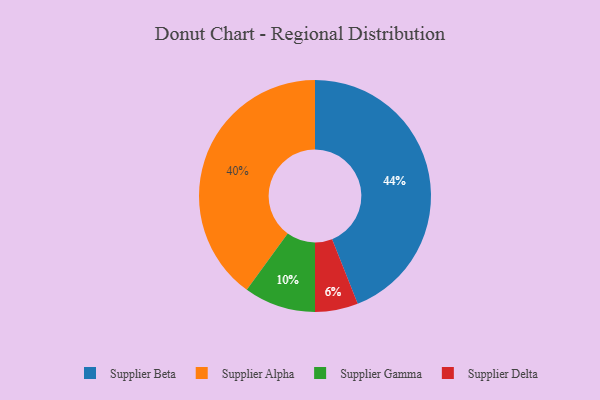
{"axis": {"x": "Category", "y": "Percentage"}, "legend": ["Supplier Alpha", "Supplier Beta", "Supplier Delta", "Supplier Gamma"], "data": [{"x": "Supplier Gamma", "y": 10, "type": "Supplier Gamma"}, {"x": "Supplier Alpha", "y": 40, "type": "Supplier Alpha"}, {"x": "Supplier Beta", "y": 44, "type": "Supplier Beta"}, {"x": "Supplier Delta", "y": 6, "type": "Supplier Delta"}]}